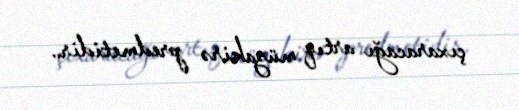
çıxaracağı artıq müzakirə predmetidir..